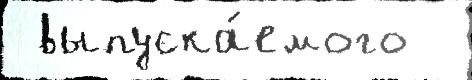
 выпуска́емого